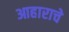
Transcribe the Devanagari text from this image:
आहाराचे